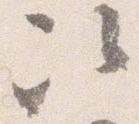
次